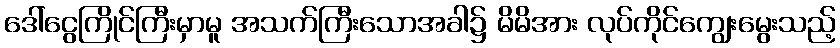
ဒေါ်ငွေကြိုင်ကြီးမှာမူ အသက်ကြီးသောအခါ၌ မိမိအား လုပ်ကိုင်ကျွေးမွေးသည့်